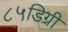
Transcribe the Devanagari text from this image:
८५डिग्री